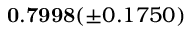
\mathbf { 0 . 7 9 9 8 } ( \pm 0 . 1 7 5 0 )